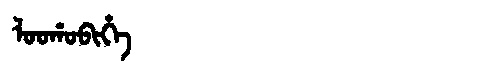
Manchu: ᠯᠣᠣᡥᠣᠪᡳᡥᡝ
Romanization: LOOHOBIHE